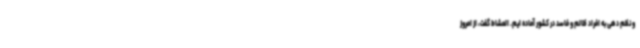
و نظم دهی به افراد ظالم و فاسد در کشور آماده ایم. المشاط گفت، از امروز